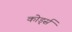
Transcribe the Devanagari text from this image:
कोर्ड्स